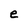
Character: e